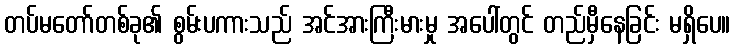
တပ်မတော်တစ်ခု၏ စွမ်းပကားသည် အင်အားကြီးမားမှု အပေါ်တွင် တည်မှီနေခြင်း မရှိပေ။